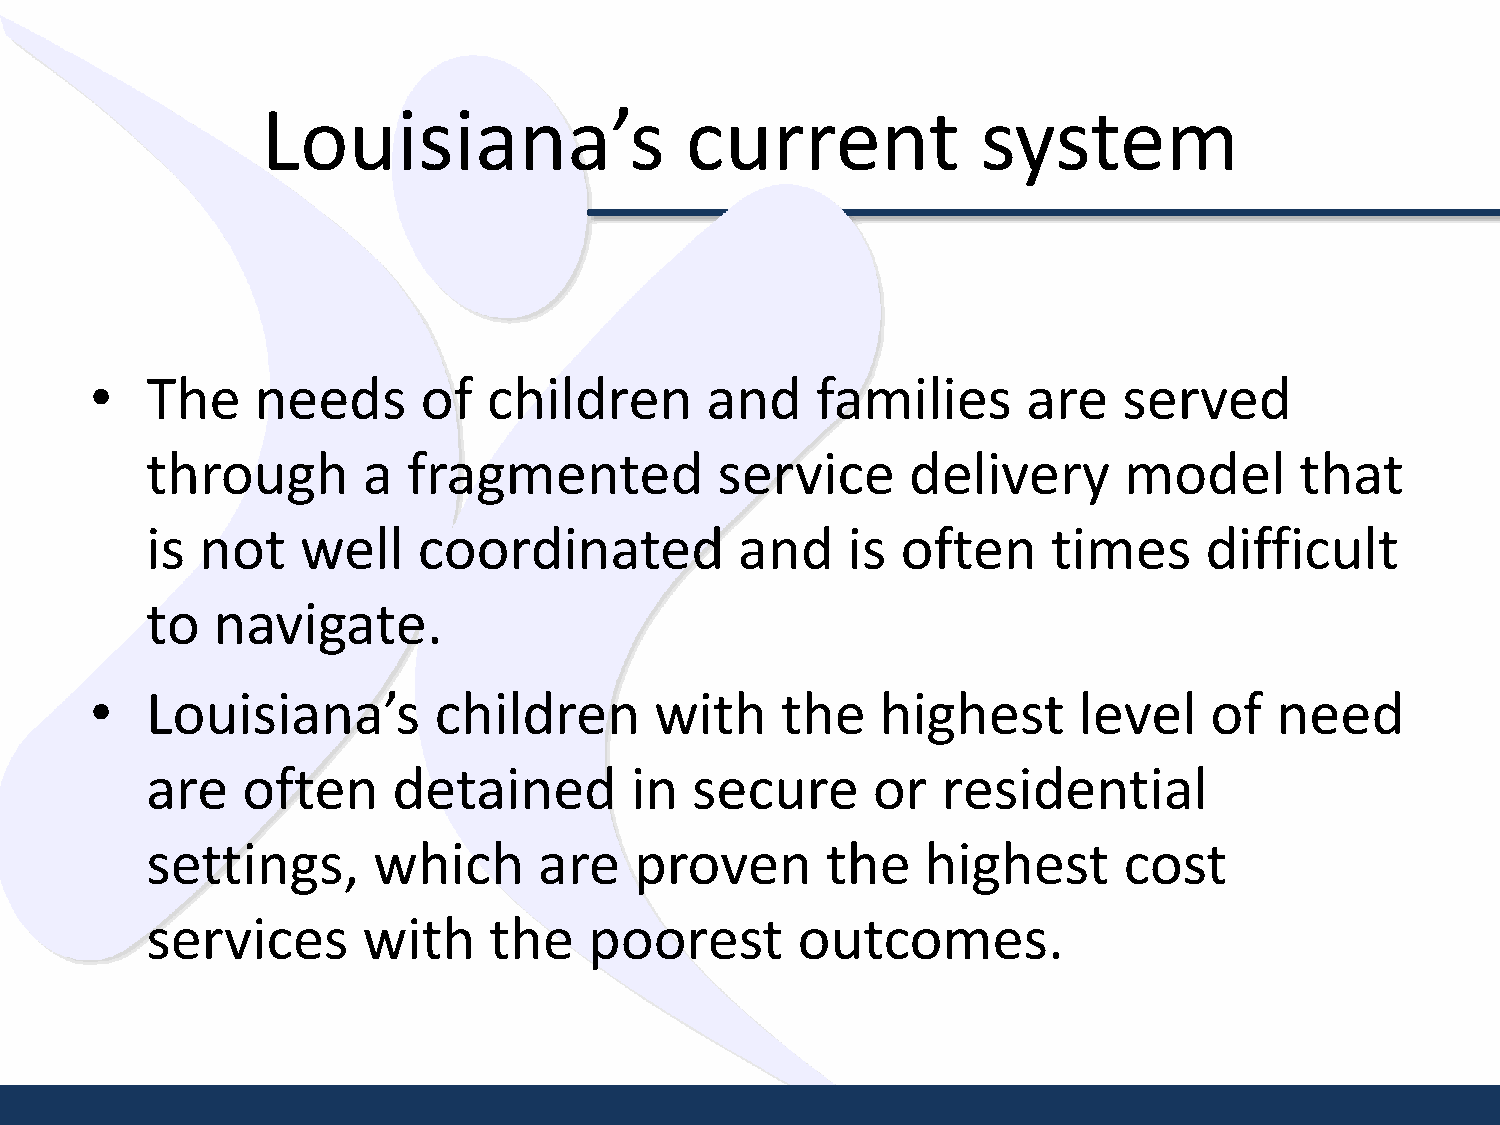
Louisiana’s                 current             system
 •   The    needs      of  children       and    families      are   served
 through       a  fragmented          service      delivery      model       that
 is not    well    coordinated          and    is  often     times     difficult
 to  navigate.
 •   Louisiana’s        children      with     the   highest      level    of   need
 are   often     detained        in  secure      or  residential
 settings,      which      are   proven       the   highest      cost
 services      with    the    poorest       outcomes.